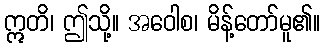
ဣတိ၊ ဤသို့။ အဝေါစ၊ မိန့်တော်မူ၏။